Annual statistical returns and brief notes on vaccination in Bengal - 1896-1909
Year: 1896
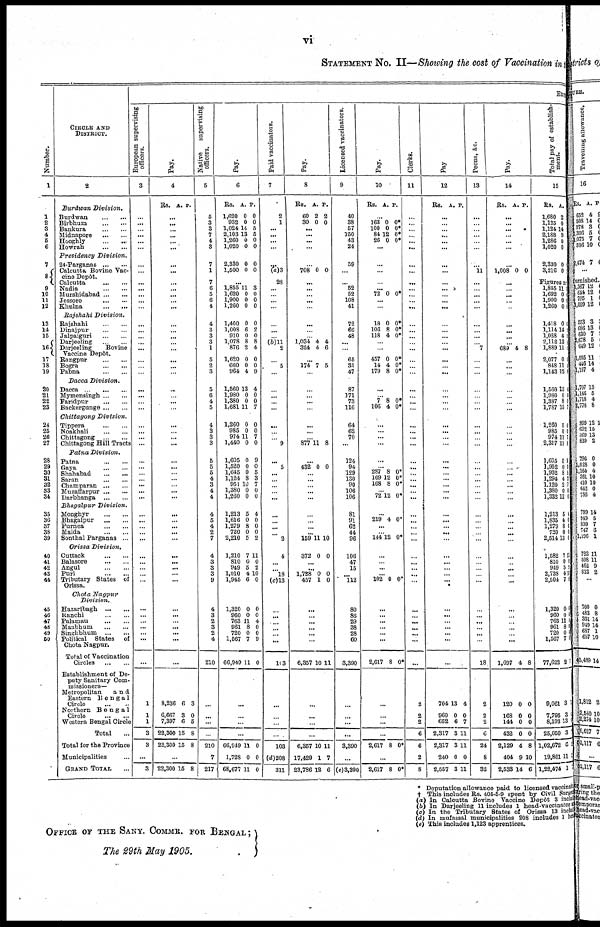
vi
STATEMENT NO. II—Showing the cost of Vaccination in the
Number.
1
1
2
3
4
5
6
7
8
9
10
11
12
13
14
15
16
17
18
19
20
21
22
23
24
25
26
27
28
29
30
31
32
33
34
35
36
37
38
39
40
41
42
43
44
45
46
47
48
49
50
CIRCLE AND
DISTRICT.
2
Burdwan
Division.
Burdwan
...
...
Birbhum
...
...
Bankura
...
...
Midnapore
...
...
Hooghly
...
...
Howrah
...
...
Presidency
Division.
24-Parganas
...
...
Calcutta Bovine Vac-
cine Depôt.
Calcutta
...
...
Nadia
...
...
Murshidabad ... ...
Jessore
...
...
Khulna
...
...
Rajshahi
Division.
Rajshahi
...
...
Dinajpur
...
...
Jalpaiguri
...
...
Darjeeling
...
...
Darjeeling
Bovine
Vaccine Depôt.
Rangpur
...
...
Bogra
...
...
Pabna
...
...
Dacca
Division.
Dacca
...
...
...
Mymensingh ... ...
Faridpur
...
...
Backergunge ... ...
Chittagong
Division.
Tippera
...
...
Noakhali
...
...
Chittagong
...
...
Chittagong Hill Tracts
Patna
Division.
Patna
...
...
Gaya
...
...
Shahabad
...
...
Saran
...
...
Champaran
...
...
Muzaffarpur ...
...
Darbhanga
...
...
Bhagalpur
Division.
Monghyr
...
...
Bhagalpur
...
...
Purnea
...
...
Malda
...
...
Sonthal Parganas ...
Orissa
Division.
Cuttack
...
...
Balasore
...
...
Angul
...
...
Puri
...
...
Tributary States of
Orissa.
Chota
Nagpur
Division.
Hazaribagh
...
...
Ranchi
...
...
Palamau
...
...
Manbhum
...
...
Singhbhum
...
...
Political States of
Chota Nagpur.
Total of Vaccination
Circles
...
...
Establishment of De-
puty Sanitary Com-
missioners—
Metropolitan
a n d
Eastern
Bengal
Circle
...
...
Northern
Bengal
Circle
...
...
Western Bengal Circle
Total
Total for the Province
Municipalities ...
GRAND TOTAL ...
Expe
European supervising
officers.
3
...
...
...
...
...
...
...
...
...
...
...
...
...
...
...
...
...
...
...
...
...
...
...
... ...
...
...
...
...
...
...
...
... ...
...
...
...
...
...
... ...
...
...
...
...
...
...
...
...
...
...
...
...
1
1
1
3
3
...
8
Pay.
4
Rs. A. P.
...
...
...
...
...
...
...
...
...
...
...
...
...
...
...
...
...
...
...
...
...
...
... ...
...
...
...
... ...
...
...
...
...
... ...
...
...
... ...
...
...
...
...
...
...
...
...
...
... ...
...
...
...
8,236
6,667
7,397
22,300
22,300
6
3
6
15
15
3
0
5
8
8
...
22,300 15 8
Native
supervising
officers.
5
5
3
3
7
4
3
7
1
7
6
5
6
4
4
3
3
3
1
5
2
3
5
6
4
5
4
3
3
3
5
5
5
4
3
4
4
4
5
4
2
7
4
3
3
3
9
4
3
2
3
2
4
210
...
...
...
...
210
7
217
Pay.
6
Rs.
1,620
932
1,024
2,103
1,260
1,020
A.
0
0
14
13
0
0
P.
0
0
5
5
0
0
2,330
1,500
0
0
0
0
...
1,855
1,620
1,900
1,260
11
0
0
0
3
0
0
0
1,400
1,008
910
1,078
876
1,620
660
964
0
6
0
8
2
0
0
4
0
2
0
8
4
0
0
9
1,560
1,980
1,380
1,681
13
0
0
11
4
0
0
7
1,260
985
974
1,440
0
0
11
0
0
0
7
0
1,605
1,520
1,645
1,124
951
1,380
1,260
0
0
0
8
10
0
0
9
0
5
3
7
0
0
1,213
1,616
1,279
720
2,210
5
0
8
0
5
4
0
0
0
2
1,210
810
949
1,010
1,945
7
0
5
4
6
11
0
2
10
0
1,320
960
763
961
720
1,567
66,949
0
0
11
8
0
7
11
0
0
4
0
0
9
0
...
...
...
...
66,949
1,728
68,677
11
0
11
0
0
0
Paid vaccinators.
7
2
1
...
...
...
...
...
(a)3
28
...
...
...
...
...
...
...
(b)11
2
...
5
...
...
... ...
...
...
...
... 9
... 5
...
...
...
... ...
...
...
...
... 2
4
...
... 18
(c)13
...
...
...
... ...
...
103
...
...
...
...
103
(d)208
311
Pay.
8
Rs.
60
30
A.
2
0
P.
2
0
...
...
...
...
...
708 0 0
...
...
...
...
...
...
...
...
1,034
324
4
4
4
6
...
174 7 5
...
...
...
...
...
...
...
...
877 11 8
...
432 0 0
...
...
...
... ...
...
...
...
... 159 11 10
372 0 0
... ...
1,728
457
0
1
0
0
...
...
... ... ...
...
6,357 10 11
...
...
...
...
6,357
17,429
23,786
10
1
12
11
7
6
Licensed vaccinators.
9
40
38
57
150
43
24
59
...
...
52
52
108
41
72
66
48
...
...
65
31
47
87
171
73
116
64
62
70
...
124
94
129
130
90
106
106
81
91
62
44
96
106
47
15
... 112
80
86
29
38
28
60
3,390
...
...
...
...
3,390
...
(e) 3,390
Pay.
10
Rs. A. P.
...
163
100
84
26
0
0
12
0
0*
0*
0*
0*
...
...
...
...
...
72 0 0*
...
...
18
106
118
0
8
4
0*
0*
0*
...
...
457
14
179
0
4
8
0*
0*
0*
...
... 7
106
8
4
0*
0*
...
...
... ...
...
... 287
169
168
8
12
8
0*
0*
0*
... 72 12 0*
...
219 4 0*
...
... 144 12 0*
...
... ...
...
102 0 0*
...
...
...
...
...
...
2,617 8 0*
...
...
...
...
2,617 8 0*
...
2,617 8 0*
Clerks.
11
...
...
...
...
...
...
...
...
...
...
...
...
...
...
...
...
...
...
...
...
...
...
... ...
...
...
...
...
...
... ...
...
... ...
... ...
...
...
...
... ...
...
...
...
...
...
...
... ...
...
...
...
...
2
2
2
6
6
2
8
Pay
12
Rs. A. P.
...
...
...
...
...
...
...
...
...
...
...
...
...
...
...
...
...
...
...
... ...
...
...
...
...
...
...
...
...
...
...
... ...
... ...
...
...
...
...
...
...
...
...
... ...
...
...
...
...
...
...
...
...
704
960
652
2,317
2,317
240
2,557
13
0
6
3
3
0
3
4
0
7
11
11
0
11
Peons, &c.
13
...
...
...
...
...
...
...
11
...
...
...
...
...
...
...
...
...
7
...
...
...
...
...
...
...
...
...
...
...
...
...
...
...
...
...
...
...
...
...
...
...
...
...
...
... ...
...
...
...
...
...
...
18
2
2
2
6
24
8
32
Pay.
14
Rs. A. P.
...
...
...
...
...
...
...
1,008 0 0
...
...
...
...
...
...
...
...
...
689 4 8
...
...
...
...
...
... ...
...
...
... ...
...
...
...
... ...
...
...
...
...
...
...
...
...
... ...
... ...
...
...
...
...
... ...
1,697 4 8
120
168
144
432
2,129
404
2,533
0
0
0
0
4
9
14
0
0
0
0
8
10
6
Total pay of establish-
ment.
15
Rs.
1,680
1,125
1,124
2,188
1,286
1,020
A.
2
0
14
9
0
0
P.
2,330
3,216
0
0
Figures n
1,855
1,692
1,900
1,260
11
0
0
0
1,418
1,114
1,028
2,112
1,889
2,077
848
1,143
0
14
4
13
11
0
11
12
1,560
1,980
1,387
1,787
13
0
8
15
4
0
0
7
1,260
985
974
2,317
0
0
11
11
0
0 7
8
1,605
1,952
1,932
1,294
1,120
1,380
1,332
0
0
8
4
2
0
12
9 0
5 3
7
0
0
1,213
1,835
1,279
720
2,514
5
4
8
0
13
4
0
0
0
0
1,582
810
919
2,738
2,504
7
0
5
4
7
11
0
8
11
0
1,320
960
763
961
720
1,567
77,622
0
0
11
8
0
7
2
0
0
4
0
0
9
7
9,061
7,795
8,193
25,060
1,02,672
19,801
1,22,474
3
3
13
3
0
11
1
7
0
0 7
2
5
7
* Deputation allowance paid to licensed vaccinate
† This includes Rs. 405-5-9 spent by Civil Surgeon
(a) In Calcutta Bovine Vaccine Depôt 3 included
(b) In Darjeeling 11 includes 1 head-vaccinator a
(c) In the Tributary States of Orissa 13 include
(d) In mufassal municipalities 208 includes 1 head
(e) This includes 1,123 apprentices.
OFFICE OF THE SANY. COMMR. FOR BENGAL;
The 29th May 1905.